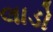
લાડો